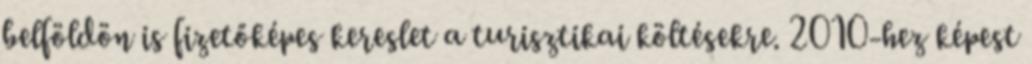
belföldön is fizetőképes kereslet a turisztikai költésekre. 2010-hez képest